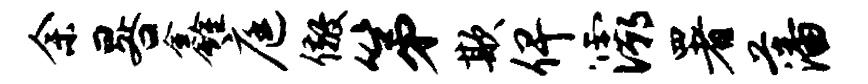
余晷鑫庭儆第欺俾灞署藩